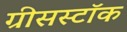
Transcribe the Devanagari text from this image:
ग्रीसस्टॉक